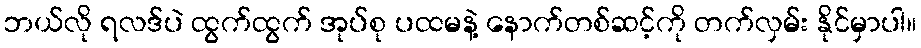
ဘယ်လို ရလဒ်ပဲ ထွက်ထွက် အုပ်စု ပထမနဲ့ နောက်တစ်ဆင့်ကို တက်လှမ်း နိုင်မှာပါ။